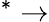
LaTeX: ^*\rightarrow